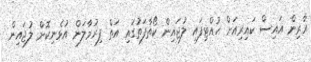
އާރިން އައިސް ކައިރިއަށް ހުއްޓިފައި ލުޖައިން ކޯތާފަތުގައި އަތް ފިރުމާލަން އުޅެނިކޮށް ލުޖައިން